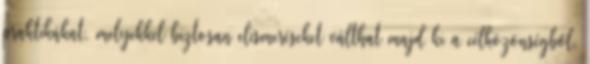
praktikákat, melyekkel biztosan elismeréseket válthat majd ki a célközönségből.